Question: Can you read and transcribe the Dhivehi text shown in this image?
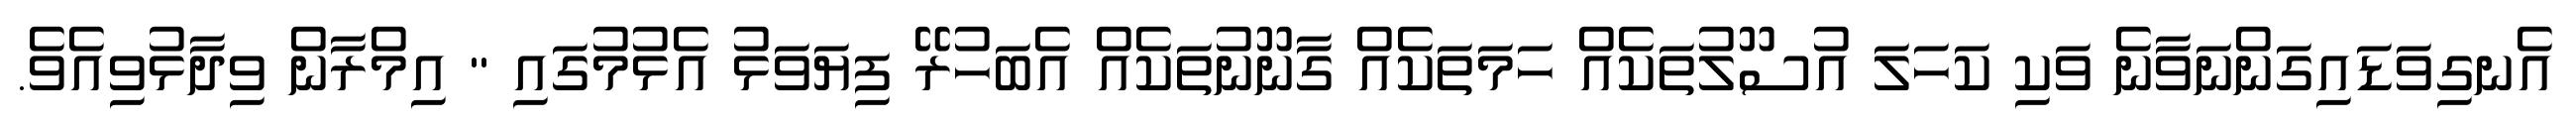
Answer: އެނގިވަޑައިގަންނަވާނެ ވަކި ކަހަލަ އުސޫލުތަކެއް ހަމަތަކެއް ގާނޫނުތަކެއް އެބަހުރޭ ފިޔަވަޅު އެޅުމުގައި " އިމްރާން ވިދާޅުވިއެވެ.